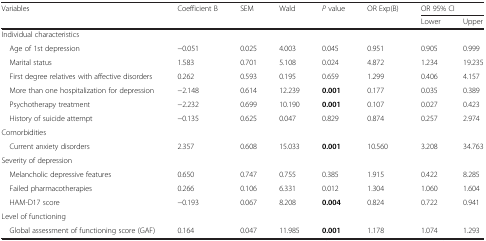
<table><thead><tr><td rowspan="2"><b>Variables</b></td><td rowspan="2"><b>Coefficient B</b></td><td rowspan="2"><b>SEM</b></td><td rowspan="2"><b>Wald</b></td><td rowspan="2"><b><i>P</i> value</b></td><td rowspan="2"><b>OR Exp(B)</b></td><td colspan="2"><b>OR 95% CI</b></td></tr><tr><td><b>Lower</b></td><td><b>Upper</b></td></tr></thead><tbody><tr><td colspan="8">Individual characteristics</td></tr><tr><td> Age of 1st depression</td><td>−0.051</td><td>0.025</td><td>4.003</td><td>0.045</td><td>0.951</td><td>0.905</td><td>0.999</td></tr><tr><td> Marital status</td><td>1.583</td><td>0.701</td><td>5.108</td><td>0.024</td><td>4.872</td><td>1.234</td><td>19.235</td></tr><tr><td> First degree relatives with affective disorders</td><td>0.262</td><td>0.593</td><td>0.195</td><td>0.659</td><td>1.299</td><td>0.406</td><td>4.157</td></tr><tr><td> More than one hospitalization for depression</td><td>−2.148</td><td>0.614</td><td>12.239</td><td><b>0.001</b></td><td>0.177</td><td>0.035</td><td>0.389</td></tr><tr><td> Psychotherapy treatment</td><td>−2.232</td><td>0.699</td><td>10.190</td><td><b>0.001</b></td><td>0.107</td><td>0.027</td><td>0.423</td></tr><tr><td> History of suicide attempt</td><td>−0.135</td><td>0.625</td><td>0.047</td><td>0.829</td><td>0.874</td><td>0.257</td><td>2.974</td></tr><tr><td colspan="8">Comorbidities</td></tr><tr><td> Current anxiety disorders</td><td>2.357</td><td>0.608</td><td>15.033</td><td><b>0.001</b></td><td>10.560</td><td>3.208</td><td>34.763</td></tr><tr><td colspan="8">Severity of depression</td></tr><tr><td> Melancholic depressive features</td><td>0.650</td><td>0.747</td><td>0.755</td><td>0.385</td><td>1.915</td><td>0.422</td><td>8.285</td></tr><tr><td> Failed pharmacotherapies</td><td>0.266</td><td>0.106</td><td>6.331</td><td>0.012</td><td>1.304</td><td>1.060</td><td>1.604</td></tr><tr><td> HAM-D17 score</td><td>−0.193</td><td>0.067</td><td>8.208</td><td><b>0.004</b></td><td>0.824</td><td>0.722</td><td>0.941</td></tr><tr><td colspan="8">Level of functioning</td></tr><tr><td> Global assessment of functioning score (GAF)</td><td>0.164</td><td>0.047</td><td>11.985</td><td><b>0.001</b></td><td>1.178</td><td>1.074</td><td>1.293</td></tr></tbody></table>